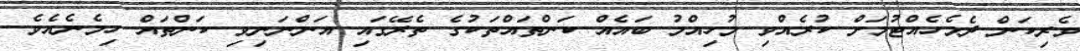
ވެރިކަން ދެމެހެއްޓުމަށް ކުރެއްވި މުހިއްމު ބައެއް ކަންތައްތަކުގެ ތެރޭގައި އަންނަނިވި ކަންތައް ހިމެނެއެވެ.